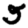
Digit: 5